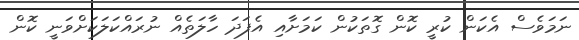
ނަމަވެސް އެކަން ކުރީ ކޮން ގޮތަކުން ކަމަށާއި އެފަދަ ހާލަތެއް ނުރައްކަލަކަށްވަނީ ކޮން